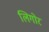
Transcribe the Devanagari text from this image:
लिगोर